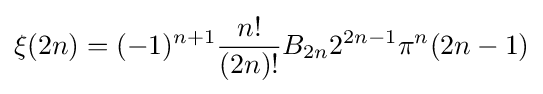
\xi (2n)=(-1)^{n+1}{\frac {n!}{(2n)!}}B_{2n}2^{2n-1}\pi ^{n}(2n-1)